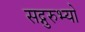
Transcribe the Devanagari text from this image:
सद्गुरुभ्यो